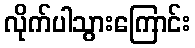
လိုက်ပါသွားကြောင်း